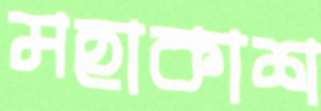
মহাকাশ